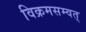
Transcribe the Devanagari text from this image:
विक्रमसम्वत्